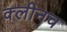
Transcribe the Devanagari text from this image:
क्लीनच